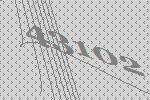
43102